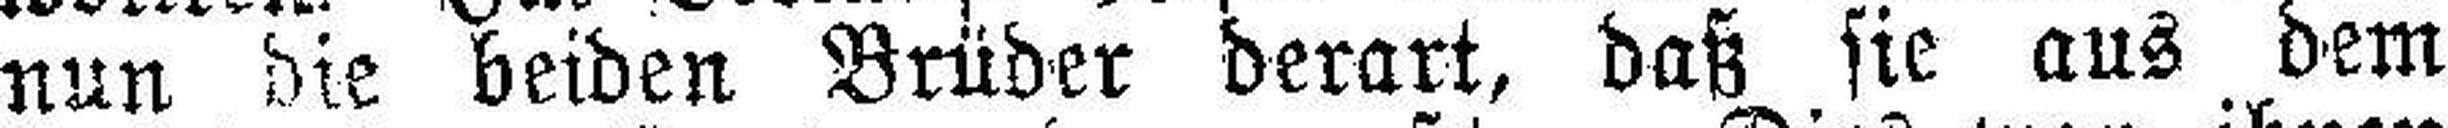
nun die beiden Brüder derart, daß sie aus dem